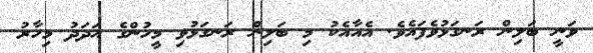
ވަނީ ބަލިން ރަނގަޅުވެފައެވެ. އެއާއެކު މި ބަލިން ރަނގަޅުވި މީހުންގެ އަދަދު މިހާރު